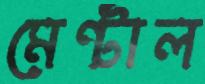
মেন্টাল